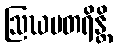
ဩဃမတရိန္တိ